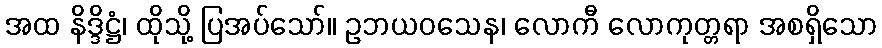
အထ နိဒ္ဒိဋ္ဌံ၊ ထိုသို့ ပြအပ်သော်။ ဥဘယဝသေန၊ လောကီ လောကုတ္တရာ အစရှိသော